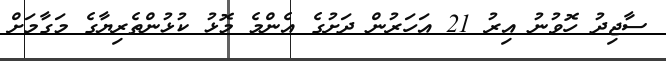
ސާޖިދު ހޮވުނު އިރު 21 އަހަރުން ދަށުގެ އެންމެ މޮޅު ކުޅުންތެރިޔާގެ މަގާމަށް